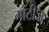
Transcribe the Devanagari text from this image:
गाटीज